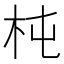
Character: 杶